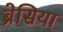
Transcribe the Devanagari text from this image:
ब्रेसिया